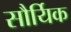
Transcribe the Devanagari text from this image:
सौर्यिक